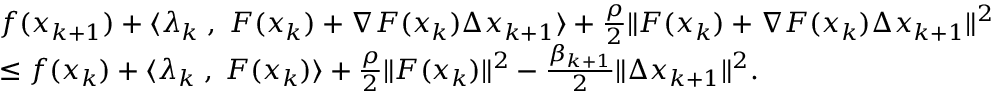
\begin{array} { r l } & { f ( x _ { k + 1 } ) + \langle \lambda _ { k } \; , \; F ( x _ { k } ) + \nabla F ( x _ { k } ) \Delta x _ { k + 1 } \rangle + \frac { \rho } { 2 } { \| F ( x _ { k } ) + \nabla F ( x _ { k } ) \Delta x _ { k + 1 } \| ^ { 2 } } } \\ & { \leq f ( x _ { k } ) + \langle \lambda _ { k } \; , \; F ( x _ { k } ) \rangle + \frac { \rho } { 2 } { \| F ( x _ { k } ) \| ^ { 2 } } - \frac { \beta _ { k + 1 } } { 2 } \| \Delta x _ { k + 1 } \| ^ { 2 } . } \end{array}